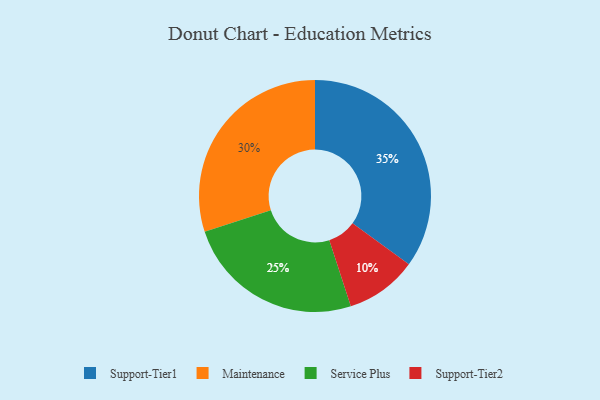
{"axis": {"x": "Category", "y": "Percentage"}, "legend": ["Maintenance", "Service Plus", "Support-Tier1", "Support-Tier2"], "data": [{"x": "Maintenance", "y": 30, "type": "Maintenance"}, {"x": "Support-Tier2", "y": 10, "type": "Support-Tier2"}, {"x": "Service Plus", "y": 25, "type": "Service Plus"}, {"x": "Support-Tier1", "y": 35, "type": "Support-Tier1"}]}